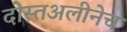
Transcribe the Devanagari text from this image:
दोस्तअलीनेच